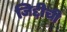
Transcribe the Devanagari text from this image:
जिद्दीची